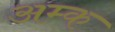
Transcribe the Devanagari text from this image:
अम्क